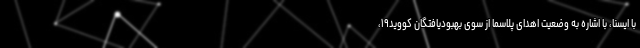
با ایسنا، با اشاره به وضعیت اهدای پلاسما از سوی بهبودیافتگان کووید۱۹،